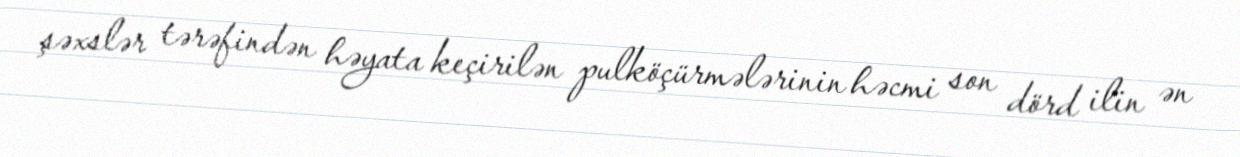
şəxslər tərəfindən həyata keçirilən pulköçürmələrinin həcmi son dörd ilin ən